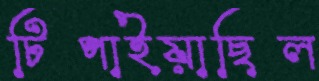
টিপাইয়াছিল